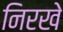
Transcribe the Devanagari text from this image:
निरखे